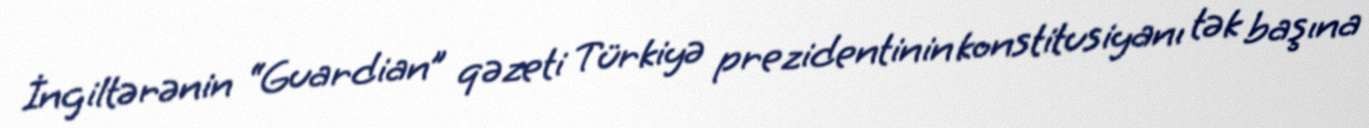
İngiltərənin “Guardian” qəzeti Türkiyə prezidentinin konstitusiyanı tək başına